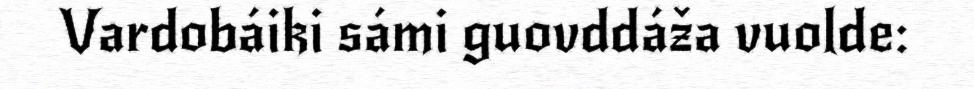
Vardobáiki sámi guovddáža vuolde: